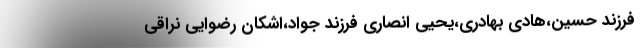
فرزند حسین،هادی ‌بهادری،یحیی انصاری فرزند جواد،اشکان رضوایی نراقی